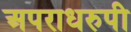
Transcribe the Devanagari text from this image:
अपराधरुपी